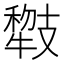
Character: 𱭯